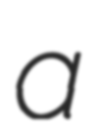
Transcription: a